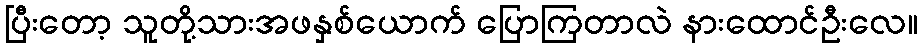
ပြီးတော့ သူတို့သားအဖနှစ်ယောက် ပြောကြတာလဲ နားထောင်ဦးလေ။